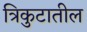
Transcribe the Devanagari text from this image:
त्रिकुटातील